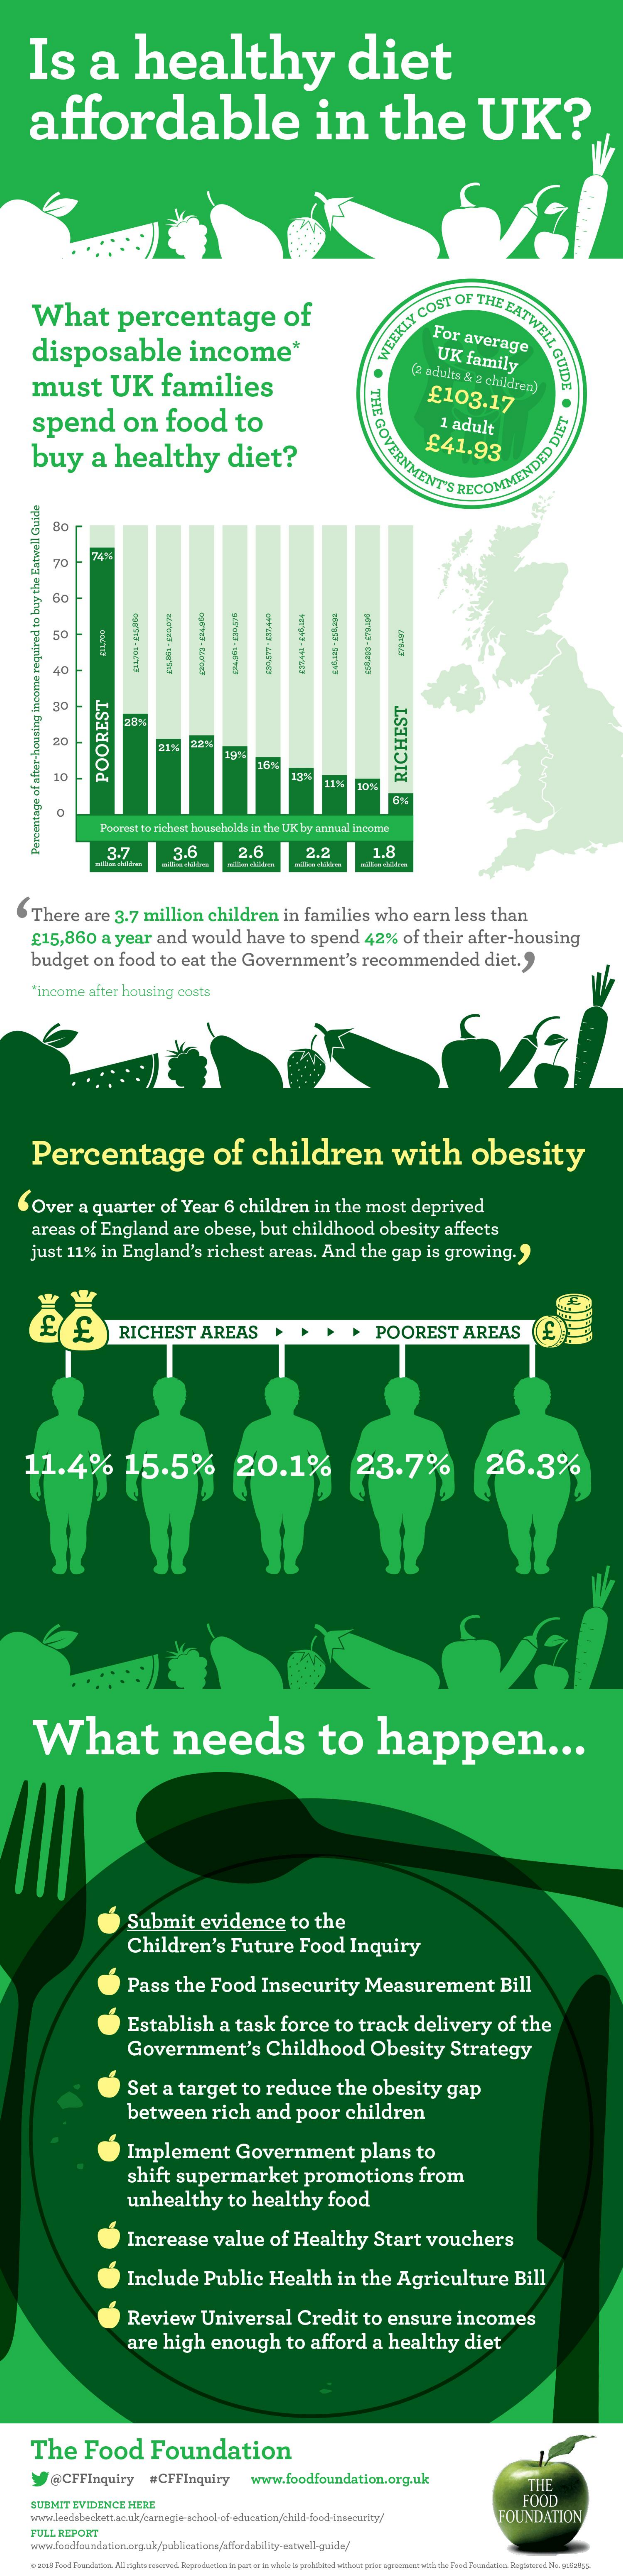
Is    a    healthy    diet
    affordable    in    the    UK?
     ......
     What    percentage    of
     WEEKLY
     COST  OF THE
     EATWELL
     GU disposable income*
     For  average
     UK  family
     must    UK    families
     (2 adults & 2 children)
     THE
     GOVERNMENT
     £103.17
     spend    on    food    to    1 adult
     buy    a  healthy    diet?    £41.93
     MENDED
     DI
     BC
     70
     50
     40
     30
     20
     195
     10
     THA
     POOREST    RICHEST
     0
     Poorinit to richest horuschodda in the UK by unrraal income
     3-7    3.6    2.6    2.2    1.8
     Percentage
     of
     after-housing
     income
     required
     to
     buy
     the
     Eatwell
     Gulde
     There  are  3.7  million  children   in  families  who   earn  less  than
     £15,860   a year   and  would   have   to spend   42%   of their  after-housing
     budget   on  food  to eat  the Government's    recommended    diet."
     "income after housing costs
     Percentage    of    children    with    obesity
     Over   a quarter   of Year   6 children   in the  most   deprived
     areas  of England    are  obese,  but  childhood    obesity   affects
     just 11%  in England's    richest  areas.   And  the  gap  is growing.
     RICHEST    AREAS    >   >   >   >   POOREST    AREAS
    11.4%    15.5%    20.1%    23.7%    26.3%
     What    needs    to    happen    ...
     Submit    evidence    to the
     Children's    Future    Food    Inquiry
     Pass   the   Food   Insecurity    Measurement    Bill
     Establish    a task   force   to  track   delivery    of the
     Government's    Childhood    Obesity    Strategy
     Set  a  target   to  reduce    the  obesity    gap
     between    rich  and    poor   children
     Implement    Government    plans    to
     shift supermarket    promotions    from
     unhealthy    to  healthy    food
     Increase    value   of  Healthy    Start   vouchers
     Include    Public   Health    in the   Agriculture    Bill
     Review    Universal    Credit    to ensure    incomes
     are  high    enough    to  afford   a healthy    diet
     The    Food    Foundation
     y  @CFFInquiry   #CFFInquiry @CFFInquiry #CFFInquiry www.foodfoundation.org.uk THE
     SUBMIT EVIDENCE HEBE    FOOD
     www.leedsbeckett.nouk/carnegie-school-of-education/child-food-iraecurity/ FOUNDATION
     FULL REPORT